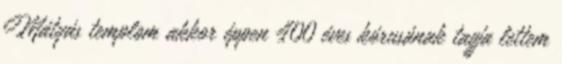
Mátyás templom akkor éppen 400 éves kórusának tagja lettem